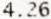
4.26